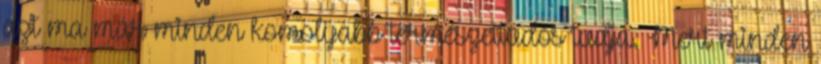
azt ma már minden komolyabb természettudós tudja. Mert minden